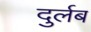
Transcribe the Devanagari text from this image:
दुर्लब